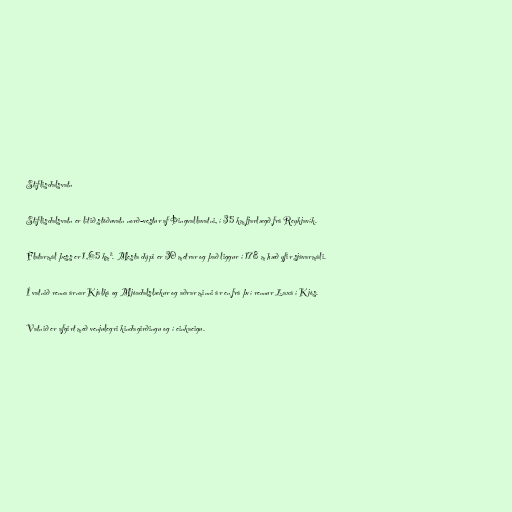
Stíflisdalsvatn

Stíflisdalsvatn er lítið stöðuvatn norð-vestur af Þingvallavatni, í 35 km fjarlægð frá Reykjavík.

Flatarmál þess er 1,65 km². Mesta dýpi er 30 metrar og það liggur í 178 m hæð yfir sjávarmáli.

Í vatnið renna árnar Kjálká og Mjóadalslækur og aðrar minni ár en frá því rennur Laxá í Kjós.

Vatnið er afgirt með venjulegri kindagirðingu og í einkaeigu.